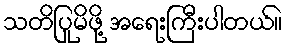
သတိပြုမိဖို့ အရေးကြီးပါတယ်။